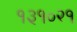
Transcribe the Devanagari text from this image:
१३१०२१